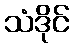
သံဒိုင်